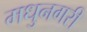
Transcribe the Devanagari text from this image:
मधुनगरी